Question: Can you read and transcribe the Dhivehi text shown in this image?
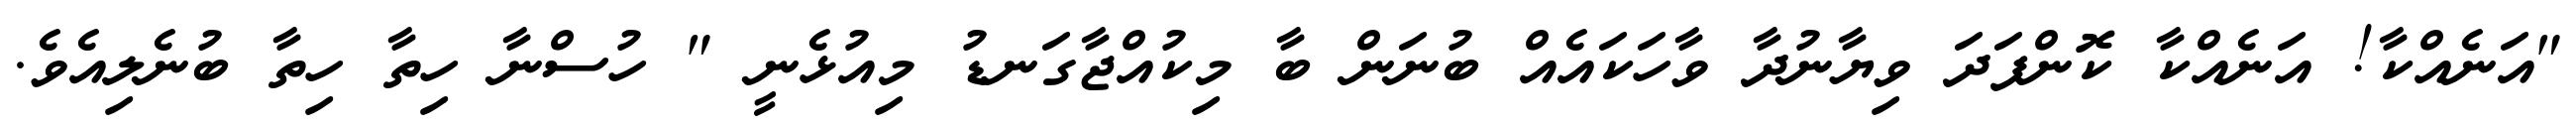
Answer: "އަނެއްކާ! އަނެއްކާ ކޮންފަދަ ވިޔާނުދާ ވާހަކައެއް ބުނަން ބާ މިކުއްޖާގަނޑު މިއުޅެނީ " ހުސްނާ ހިތާ ހިތާ ބުނެލިއެވެ.